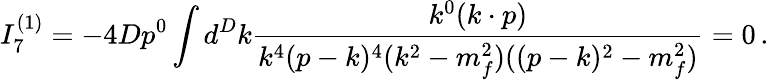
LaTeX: I_{7}^{(1)}=-4Dp^{0}\int d^{D}k\frac{k^{0}(k\cdot p)}{k^{4}(p-k)^{4}(k^{2}-m_{f}^{2})((p-k)^{2}-m_{f}^{2})}=0\, .